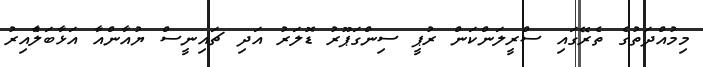
މިމުއްްދަތުގެ ތެރޭގައި ސްރީލަންކަން ރުޕީ ސިންގަޕޫރު ޑޮލަރު އަދި ޗައިނީސް ޔުއާންއާ އަޅާބަލާެއިރު